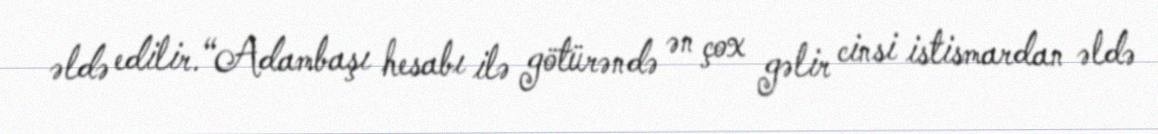
əldə edilir.“Adambaşı hesabı ilə götürəndə ən çox gəlir cinsi istismardan əldə